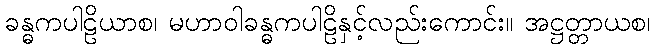
ခန္ဓကပါဠိယာစ၊ မဟာဝါခန္ဓကပါဠိနှင့်လည်းကောင်း။ အဋ္ဌတ္တာယစ၊